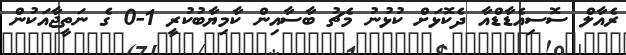
ރެއާލް ސޮސިއެޑާޑްއާ ދެކޮޅަށް ކުޅުނު މެޗު ބާސާއިން ކާމިޔާބުކުރީ 1-0 ގެ ނަތީޖާއަކުން